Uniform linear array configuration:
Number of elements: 16
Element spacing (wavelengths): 0.25
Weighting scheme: binomial
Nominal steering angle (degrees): -15
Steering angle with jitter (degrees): -14.497
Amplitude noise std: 0.05
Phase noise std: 0.05

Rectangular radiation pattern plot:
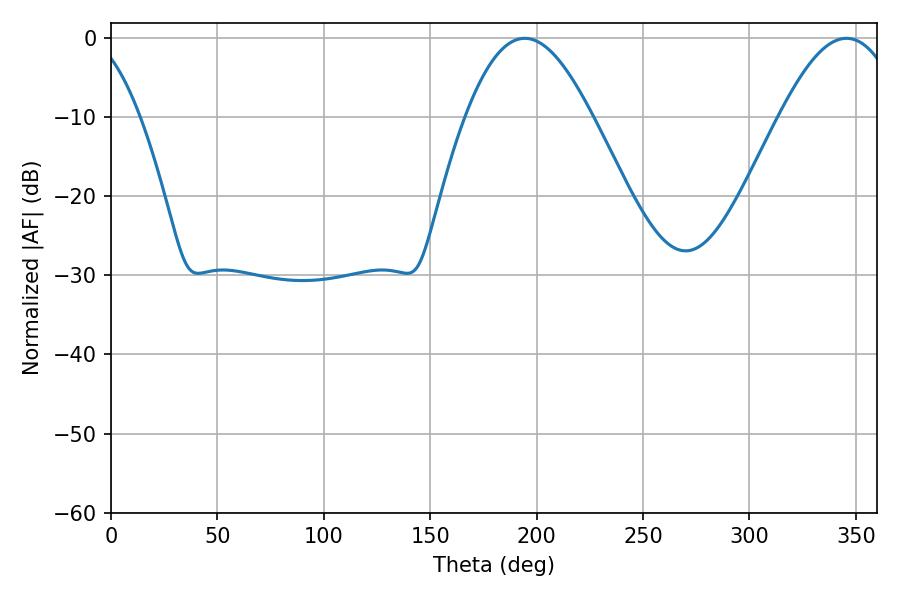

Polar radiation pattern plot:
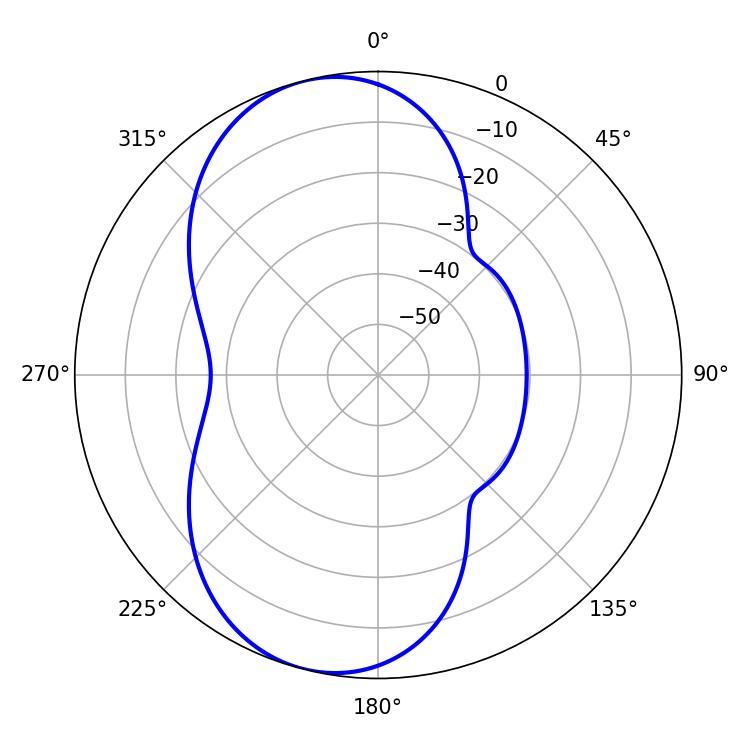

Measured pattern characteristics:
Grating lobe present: FALSE
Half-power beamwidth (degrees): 32.22
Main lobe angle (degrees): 194.4